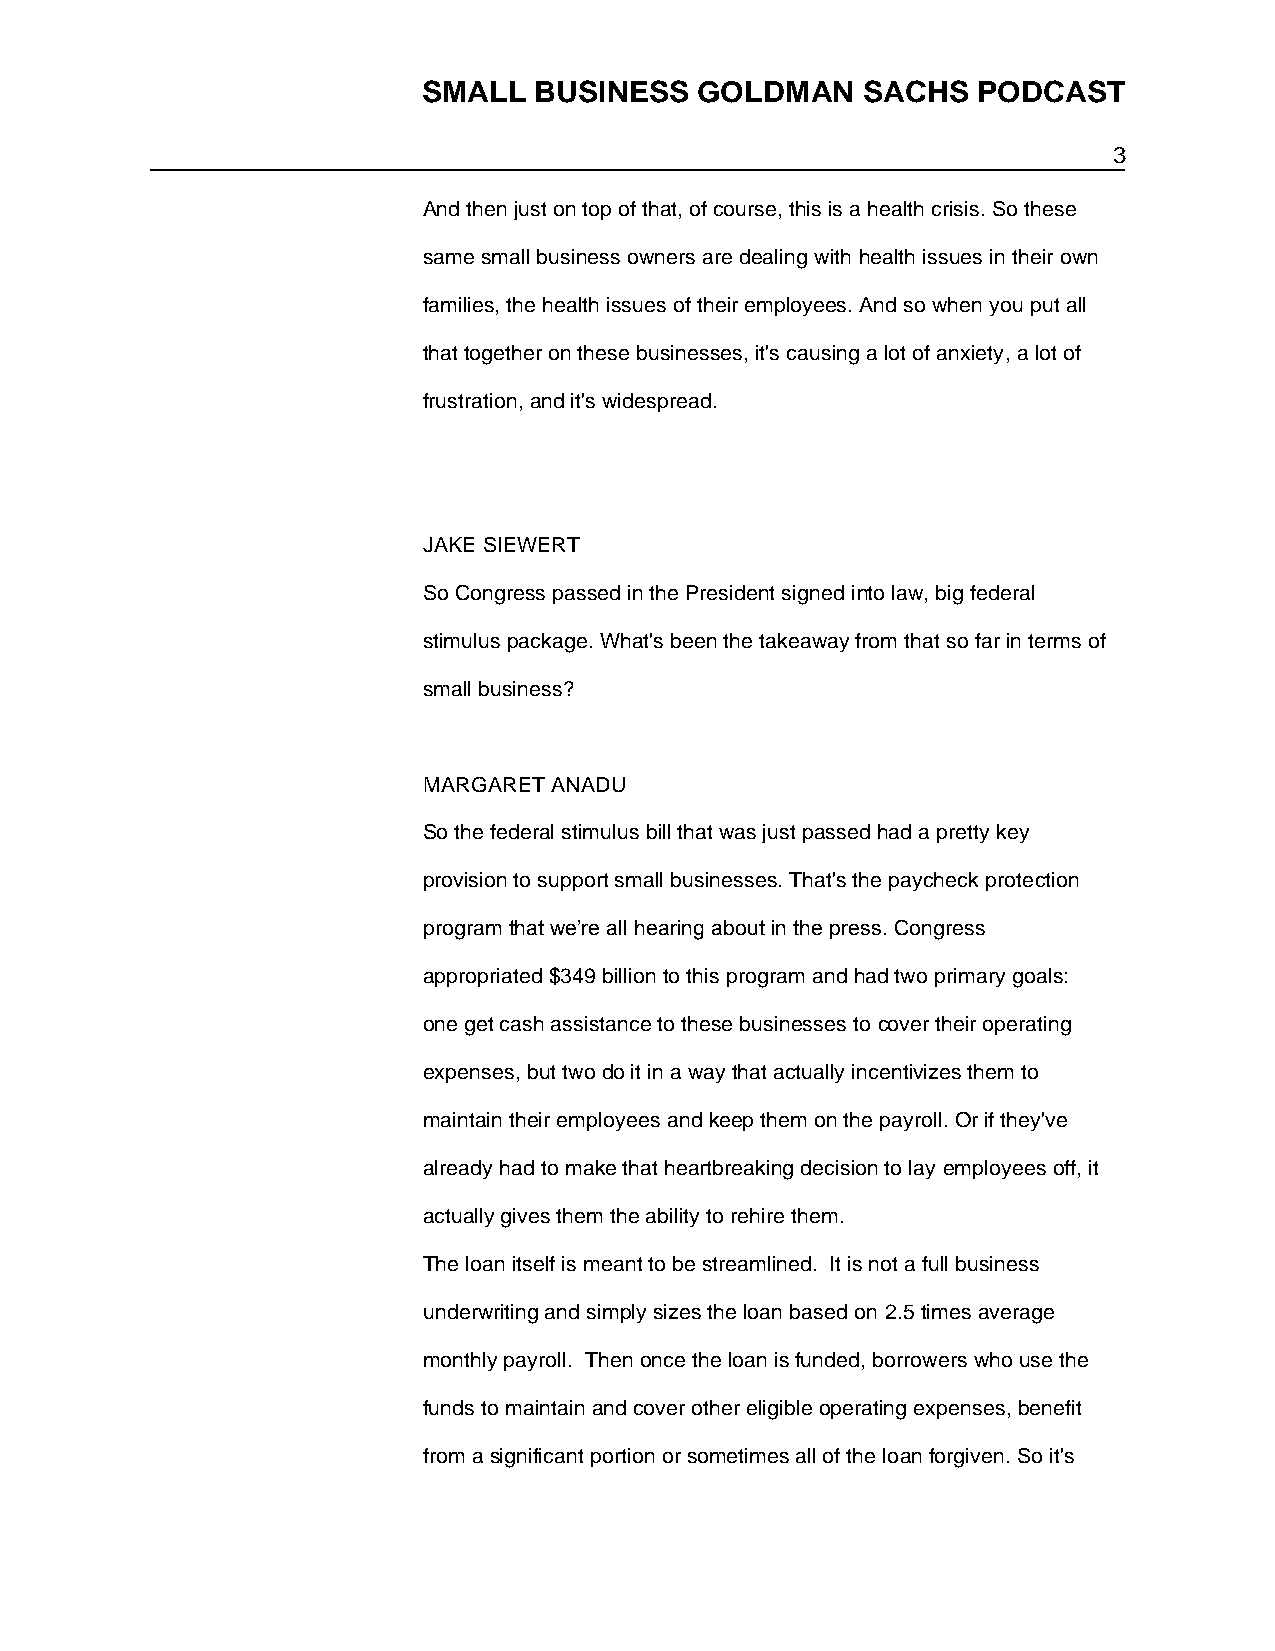
SMALL  BUSINESS   GOLDMAN    SACHS   PODCAST
 3
 And then just on top of that, of course, this is a health crisis. So these
 same small business owners are dealing with health issues in their own
 families, the health issues of their employees. And so when you put all
 that together on these businesses, it's causing a lot of anxiety, a lot of
 frustration, and it's widespread.
 JAKE SIEWERT
 So Congress passed in the President signed into law, big federal
 stimulus package. What's been the takeaway from that so far in terms of
 small business?
 MARGARET ANADU
 So the federal stimulus bill that was just passed had a pretty key
 provision to support small businesses. That's the paycheck protection
 program that we’re all hearing about in the press. Congress
 appropriated $349 billion to this program and had two primary goals:
 one get cash assistance to these businesses to cover their operating
 expenses, but two do it in a way that actually incentivizes them to
 maintain their employees and keep them on the payroll. Or if they've
 already had to make that heartbreaking decision to lay employees off, it
 actually gives them the ability to rehire them.
 The loan itself is meant to be streamlined. It is not a full business
 underwriting and simply sizes the loan based on 2.5 times average
 monthly payroll. Then once the loan is funded, borrowers who use the
 funds to maintain and cover other eligible operating expenses, benefit
 from a significant portion or sometimes all of the loan forgiven. So it's